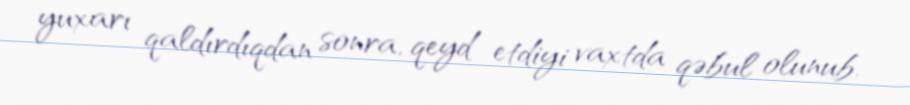
yuxarı qaldırdıqdan sonra, qeyd etdiyi vaxtda qəbul olunub.